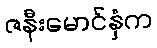
ဇနီးမောင်နှံက